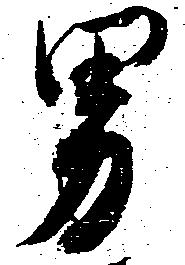
男